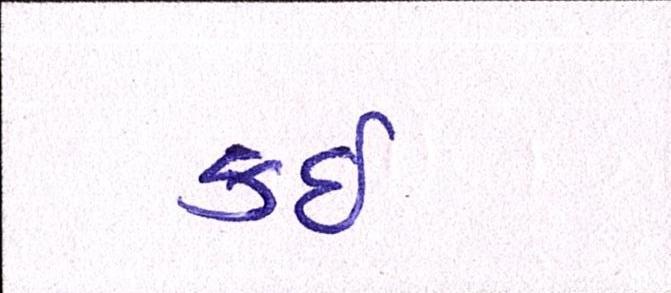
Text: કઇ